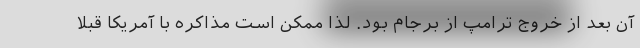
آن بعد از خروج ترامپ از برجام بود. لذا ممکن است مذاکره با آمریکا قبلا